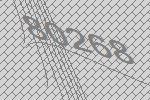
80268